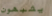
يشبهون